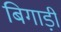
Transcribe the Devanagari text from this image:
बिगाड़ी